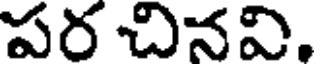
పర చినవి.